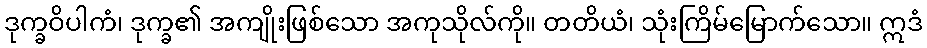
ဒုက္ခဝိပါကံ၊ ဒုက္ခ၏ အကျိုးဖြစ်သော အကုသိုလ်ကို။ တတိယံ၊ သုံးကြိမ်မြောက်သော။ ဣဒံ